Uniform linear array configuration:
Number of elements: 12
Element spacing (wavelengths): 0.25
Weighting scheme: blackman
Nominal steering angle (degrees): -45
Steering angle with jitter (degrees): -46.425
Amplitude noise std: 0.05
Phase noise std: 0.05

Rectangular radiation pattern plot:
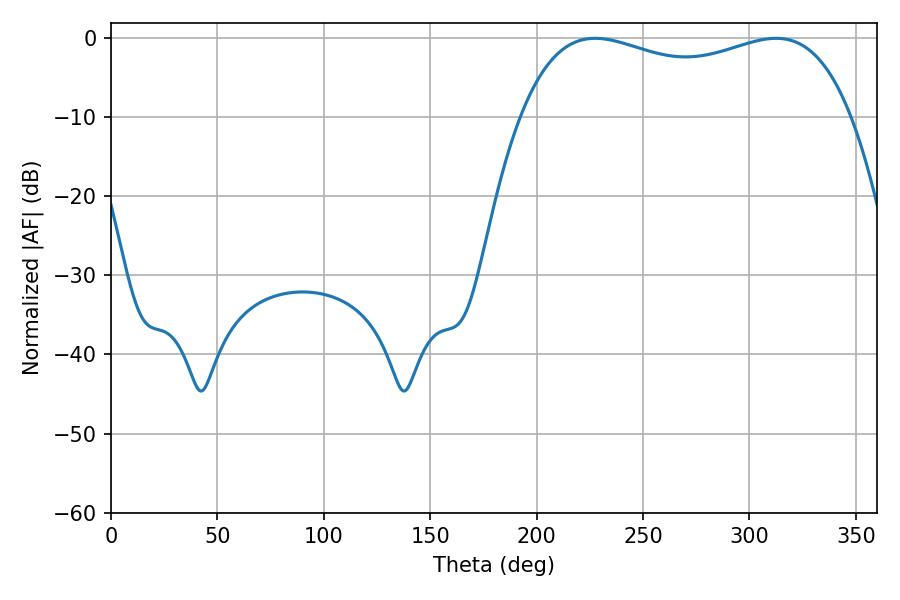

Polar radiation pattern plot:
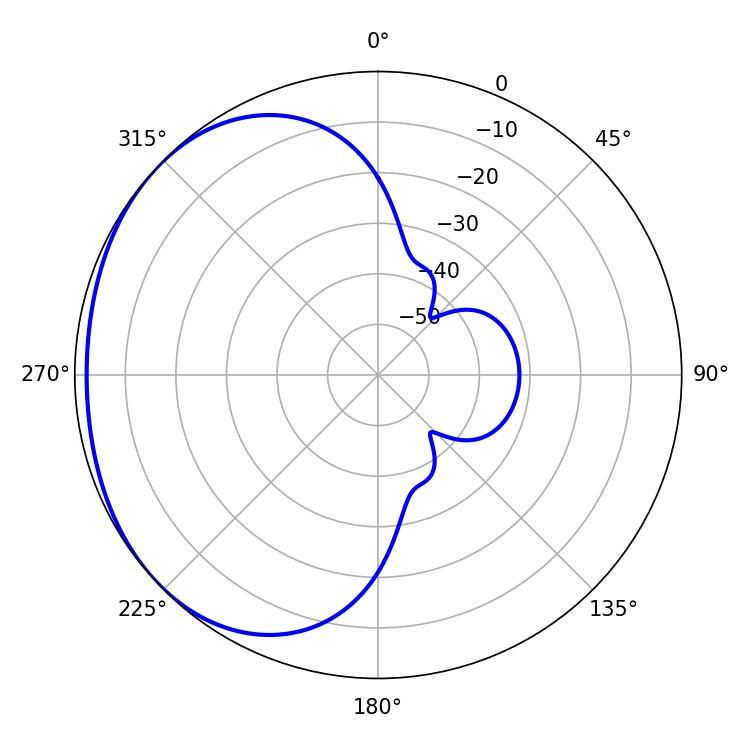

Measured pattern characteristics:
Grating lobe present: FALSE
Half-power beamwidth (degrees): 127.44
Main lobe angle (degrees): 227.52